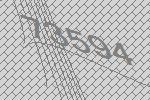
73594